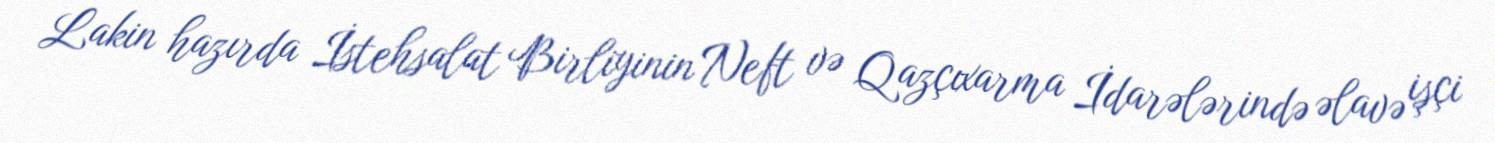
Lakin hazırda İstehsalat Birliyinin Neft və Qazçıxarma İdarələrində əlavə işçi